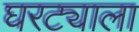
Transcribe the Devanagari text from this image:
घरट्याला